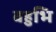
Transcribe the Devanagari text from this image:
बहुभि